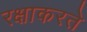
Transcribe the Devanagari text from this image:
रक्षाकरते